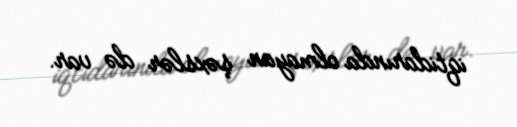
iqtidarında olmayan şəxslər də var.